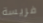
فريسة